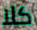
كلا